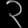
Digit: ၃